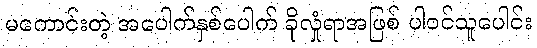
မကောင်းတဲ့ အပေါက်နှစ်ပေါက် ခိုလှုံရာအဖြစ် ပါဝင်သူပေါင်း